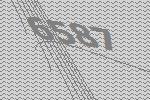
6587